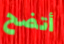
أتضح